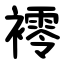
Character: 䙥